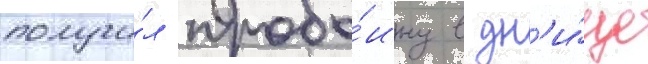
получи́л пробо́ину в дн'и́ще